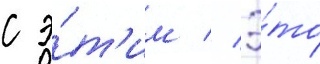
с э́т'им // Э́то